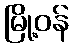
မြို့ဝန်